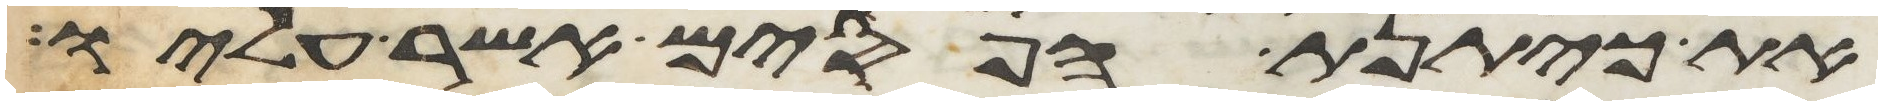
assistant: את כיתנת הפסים אשר עליו